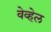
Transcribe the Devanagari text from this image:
वेव्हेल